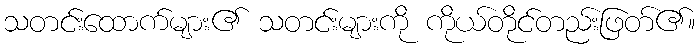
သတင်းထောက်များ၏ သတင်းများကို ကိုယ်တိုင်တည်းဖြတ်၏။